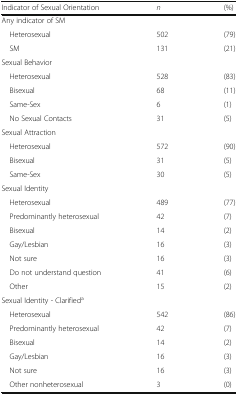
| Indicator of Sexual Orientation | n | (%) |
 | --- | --- | --- |
 | <COLSPAN=3> Any indicator of SM |
 | Heterosexual | 502 | (79) |
 | SM | 131 | (21) |
 | <COLSPAN=3> Sexual Behavior |
 | Heterosexual | 528 | (83) |
 | Bisexual | 68 | (11) |
 | Same-Sex | 6 | (1) |
 | No Sexual Contacts | 31 | (5) |
 | <COLSPAN=3> Sexual Attraction |
 | Heterosexual | 572 | (90) |
 | Bisexual | 31 | (5) |
 | Same-Sex | 30 | (5) |
 | <COLSPAN=3> Sexual Identity |
 | Heterosexual | 489 | (77) |
 | Predominantly heterosexual | 42 | (7) |
 | Bisexual | 14 | (2) |
 | Gay/Lesbian | 16 | (3) |
 | Not sure | 16 | (3) |
 | Do not understand question | 41 | (6) |
 | Other | 15 | (2) |
 | <COLSPAN=3> Sexual Identity - Clarifieda |
 | Heterosexual | 542 | (86) |
 | Predominantly heterosexual | 42 | (7) |
 | Bisexual | 14 | (2) |
 | Gay/Lesbian | 16 | (3) |
 | Not sure | 16 | (3) |
 | Other nonheterosexual | 3 | (0) |